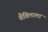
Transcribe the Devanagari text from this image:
वैविलाला